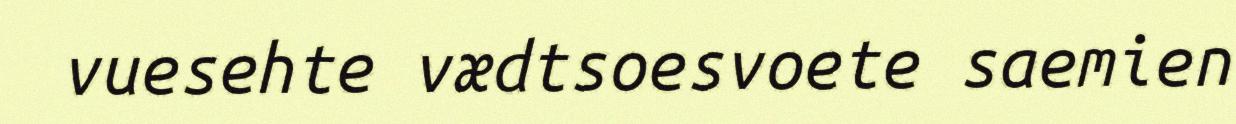
vuesehte vædtsoesvoete saemien